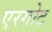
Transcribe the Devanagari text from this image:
एरगोट